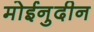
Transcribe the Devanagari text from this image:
मोईनुदीन